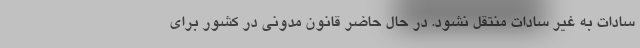
سادات به غیر سادات منتقل نشود. در حال حاضر قانون مدونی در کشور برای